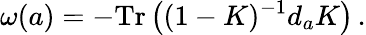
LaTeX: \omega(a)=-\mathrm{Tr}\left((1-K)^{-1}d_{a}K\right)\, .